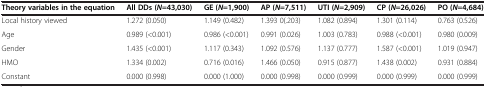
| Theory variables in the equation | All DDs ( N =43,030) | GE ( N =1,900) | AP ( N =7,511) | UTI ( N =2,909) | CP ( N =26,026) | PO ( N =4,684) |
 | --- | --- | --- | --- | --- | --- | --- |
 | Local history viewed | 1.272 (0.050) | 1.149 (0.482) | 1.393 0(.203) | 1.082 (0.894) | 1.301 (0.114) | 0.763 (0.526) |
 | Age | 0.989 (<0.001) | 0.986 (<0.001) | 0.991 (0.026) | 1.003 (0.783) | 0.988 (<0.001) | 0.980 (0.009) |
 | Gender | 1.435 (<0.001) | 1.117 (0.343) | 1.092 (0.576) | 1.137 (0.777) | 1.587 (<0.001) | 1.019 (0.947) |
 | HMO | 1.334 (0.002) | 0.716 (0.016) | 1.466 (0.050) | 0.915 (0.877) | 1.438 (0.002) | 0.931 (0.884) |
 | Constant | 0.000 (0.998) | 0.000 (1.000) | 0.000 (0.998) | 0.000 (0.999) | 0.000 (0.999) | 0.000 (0.999) |